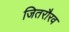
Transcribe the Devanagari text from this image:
जितरौरव